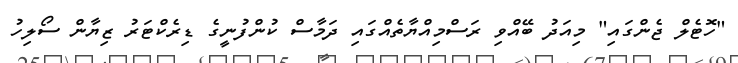
"ހޮޓެލް ޖެންގައި" މިއަދު ބޭއްވި ރަސްމިއްޔާތެއްގައި ދަމާސް ކުންފުނީގެ ޑިރެކްޓަރު ޒިޔާން ސޯލިހު